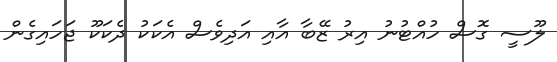
ލޫސީ ގޮސް ހުއްޓުނު އިރު ޒޭބާ އާއި އަދިވެސް އެކަކު ދެކަކޫ ޖަހައިގެން